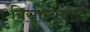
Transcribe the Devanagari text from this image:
विसाम्यवादी